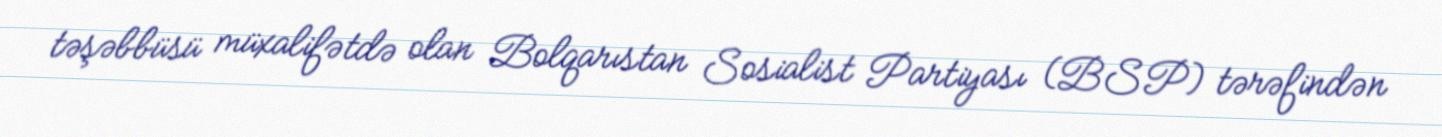
təşəbbüsü müxalifətdə olan Bolqarıstan Sosialist Partiyası (BSP) tərəfindən